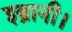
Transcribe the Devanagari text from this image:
इब्रानी।